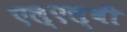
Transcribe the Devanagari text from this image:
एल्‌एल्‌बी